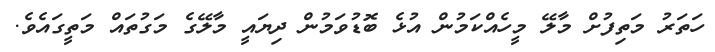
ހަތަރު މަތިފުށް މާލޭ މީހެއްކަމުން އުޅެ ބޮޑުވަމުން ދިޔައީ މާލޭގެ މަގުތައް މަތީގައެވެ.